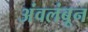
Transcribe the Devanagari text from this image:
अंवलंबून